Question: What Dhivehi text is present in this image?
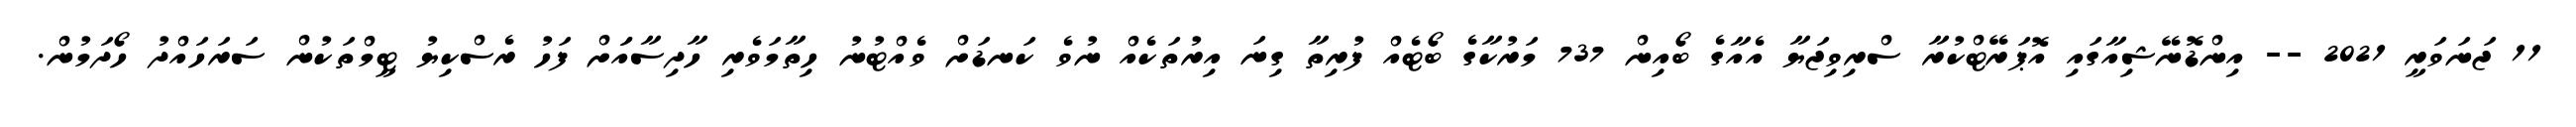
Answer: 11 ޖަނަވަރީ 2021 -- އިންޑޮނޭޝިއާގައި އޮޕަރޭޓްކުރާ ސްރިވިޖަޔާ އެއާގެ ބޯއިން 737 މަރުކާގެ ބޯޓެއް ފުރިތާ ގިނަ އިރުތަކެއް ނުވެ ކަނޑަށް ވެއްޓުނު ހިތާމަވެރި ހާދިސާއަަށް ފަހު ރެސްކިޔު ޓީމްތަކުން ސަރަހައްދު ހޯދަމުން.